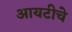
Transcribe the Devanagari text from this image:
आयटीचे